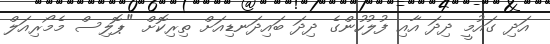
އަދި ގައުމީ ދިދަ އާއި ފުލުހުންގެ ދިދަ ބައިދަނޑިއަށް ތިރިކޮށް "ޕޮލިސް މެމޯރިއަލް